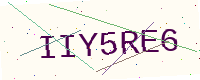
Text: IIY5RE6